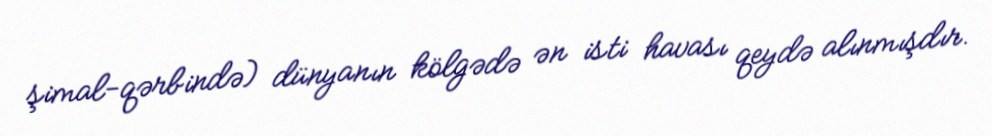
şimal-qərbində) dünyanın kölgədə ən isti havası qeydə alınmışdır.